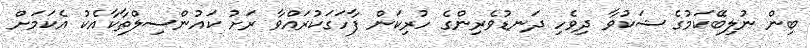
ބިން ނުލިބޭކަމުގެ ޝަކުވާ ދިވެހި ދަނޑުވެރިންގެ ހުރިކަން ފާހަގަކުރައްވާ ރަށު ކައުންސިލްތާކާއެކު އެކަމަށް